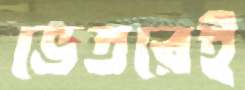
ভেতরেই